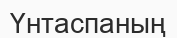
Үнтаспаның